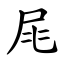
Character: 㞑